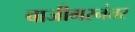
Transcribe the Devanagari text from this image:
बाजीगरनंतर